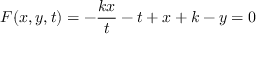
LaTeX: F ( x , y , t ) = - { \frac { k x } { t } } - t + x + k - y = 0